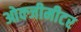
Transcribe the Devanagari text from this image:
ओक्जीमीटर